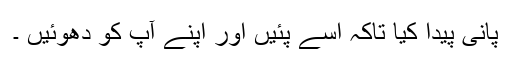
پانی پیدا کیا تاکہ اسے پئیں اور اپنے آپ کو دھوئیں ۔